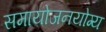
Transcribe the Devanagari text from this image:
समायोजनयोग्‍य